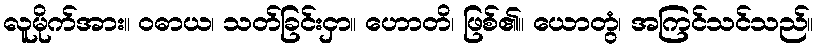
လူမိုက်အား။ ဝဓာယ၊ သတ်ခြင်းငှာ။ ဟောတိ၊ ဖြစ်၏။ ယောတွံ၊ အကြင်သင်သည်။